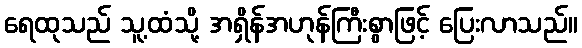
ရေထုသည် သူ့ထံသို့ အရှိန်အဟုန်ကြီးစွာဖြင့် ပြေးလာသည်။